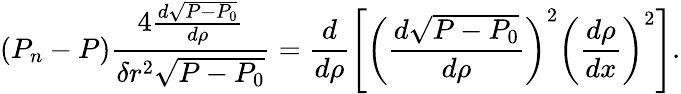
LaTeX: \left(P_{n}-P\right)\frac{4\frac{d\sqrt{P-P_{0}}}{d\rho}}{\delta r^{2}\sqrt{P-P_{0}}}=\frac{d}{d\rho}\left[{\left(\frac{d\sqrt{P-P_{0}}}{d\rho}\right)}^{2}{\left(\frac{d\rho}{dx}\right)}^{2}\right].